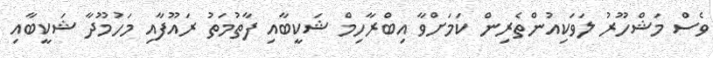
ވެސް މަޝްހޫރު ލަވަކިއުންތެރިން ކަމަށްވާ އިބްރާހިމް ޝަކީބާއި ފާތުމަތު ރައޫފާއި މަހުމޫދާ ޝަކީބާއި